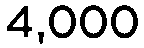
4,000